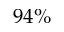
9 4 \%